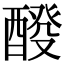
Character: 𨡩